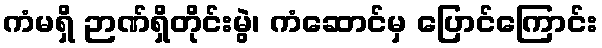
ကံမရှိ ဉာဏ်ရှိတိုင်းမွဲ၊ ကံဆောင်မှ ပြောင်ကြောင်း